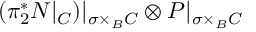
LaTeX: ( \pi _ { 2 } ^ { * } { \cal N } | _ { { \cal { C } } } ) | _ { \sigma \times _ { B } { \cal { C } } } \otimes { \cal { P } } | _ { \sigma \times _ { B } { \cal { C } } }